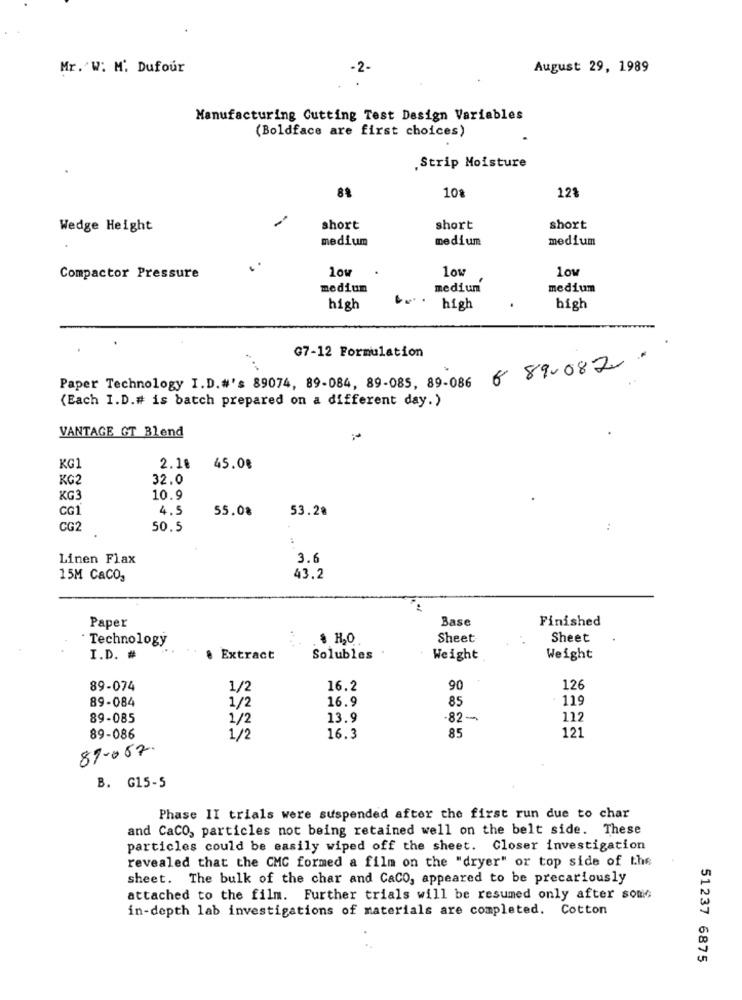
Mr. W: M. Dufour
-2-
August 29, 1989
Manufacturing Cutting Test Design Variables
(Boldface are first choices)
.Strip Moisture
10ª
88
123
Wedge Height
short
short
short
medium
medium
medium
low
low
low
Compactor Pressure
medium
medium
medium
high
high
high
G7-12 Formulation
6 89.082 .
Paper Technology I.D.#'s 89074, 89-084, 89-085, 89-086
(Each I.D.# is batch prepared on a different day.)
VANTAGE GT Blend
KG1
2.18
45.08
KG2
32.0
KG3
10.9
CG1
4.5
55.08
53.28
CG2
50.5
Linen Flax
3.6
15M CaCO,
43.2
Paper
Base
Finished
· Technology
Sheet
Sheet
I.D. #
Extract
Solubles
Weight
Weight
89-074
1/2
16.2
90
126
89-084
1/2
16.9
. 119
85
89-085
1/2
13.9
-82-
112
85
121
89-086
1/2
16.3
87.087
B. G15-5
Phase II trials were suspended after the first run due to char
and CaCO, particles not being retained well on the belt side. These
particles could be easily wiped off the sheet. Closer investigation
revealed that the CMC formed a film on the "dryer" or top side of the
sheet. The bulk of the char and CaCO, appeared to be precariously
attached to the film. Further trials will be resumed only after some
in-depth lab investigations of materials are completed. Cotton
51237 6875